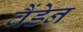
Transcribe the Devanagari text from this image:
वैंडेन